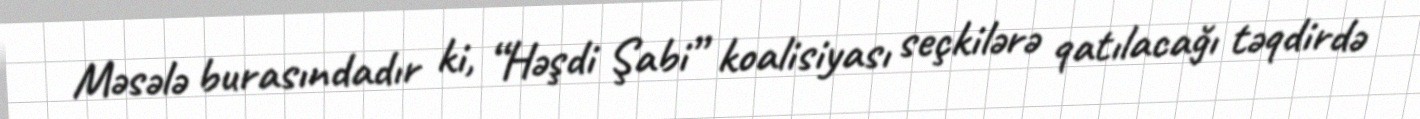
Məsələ burasındadır ki, “Həşdi Şabi” koalisiyası seçkilərə qatılacağı təqdirdə